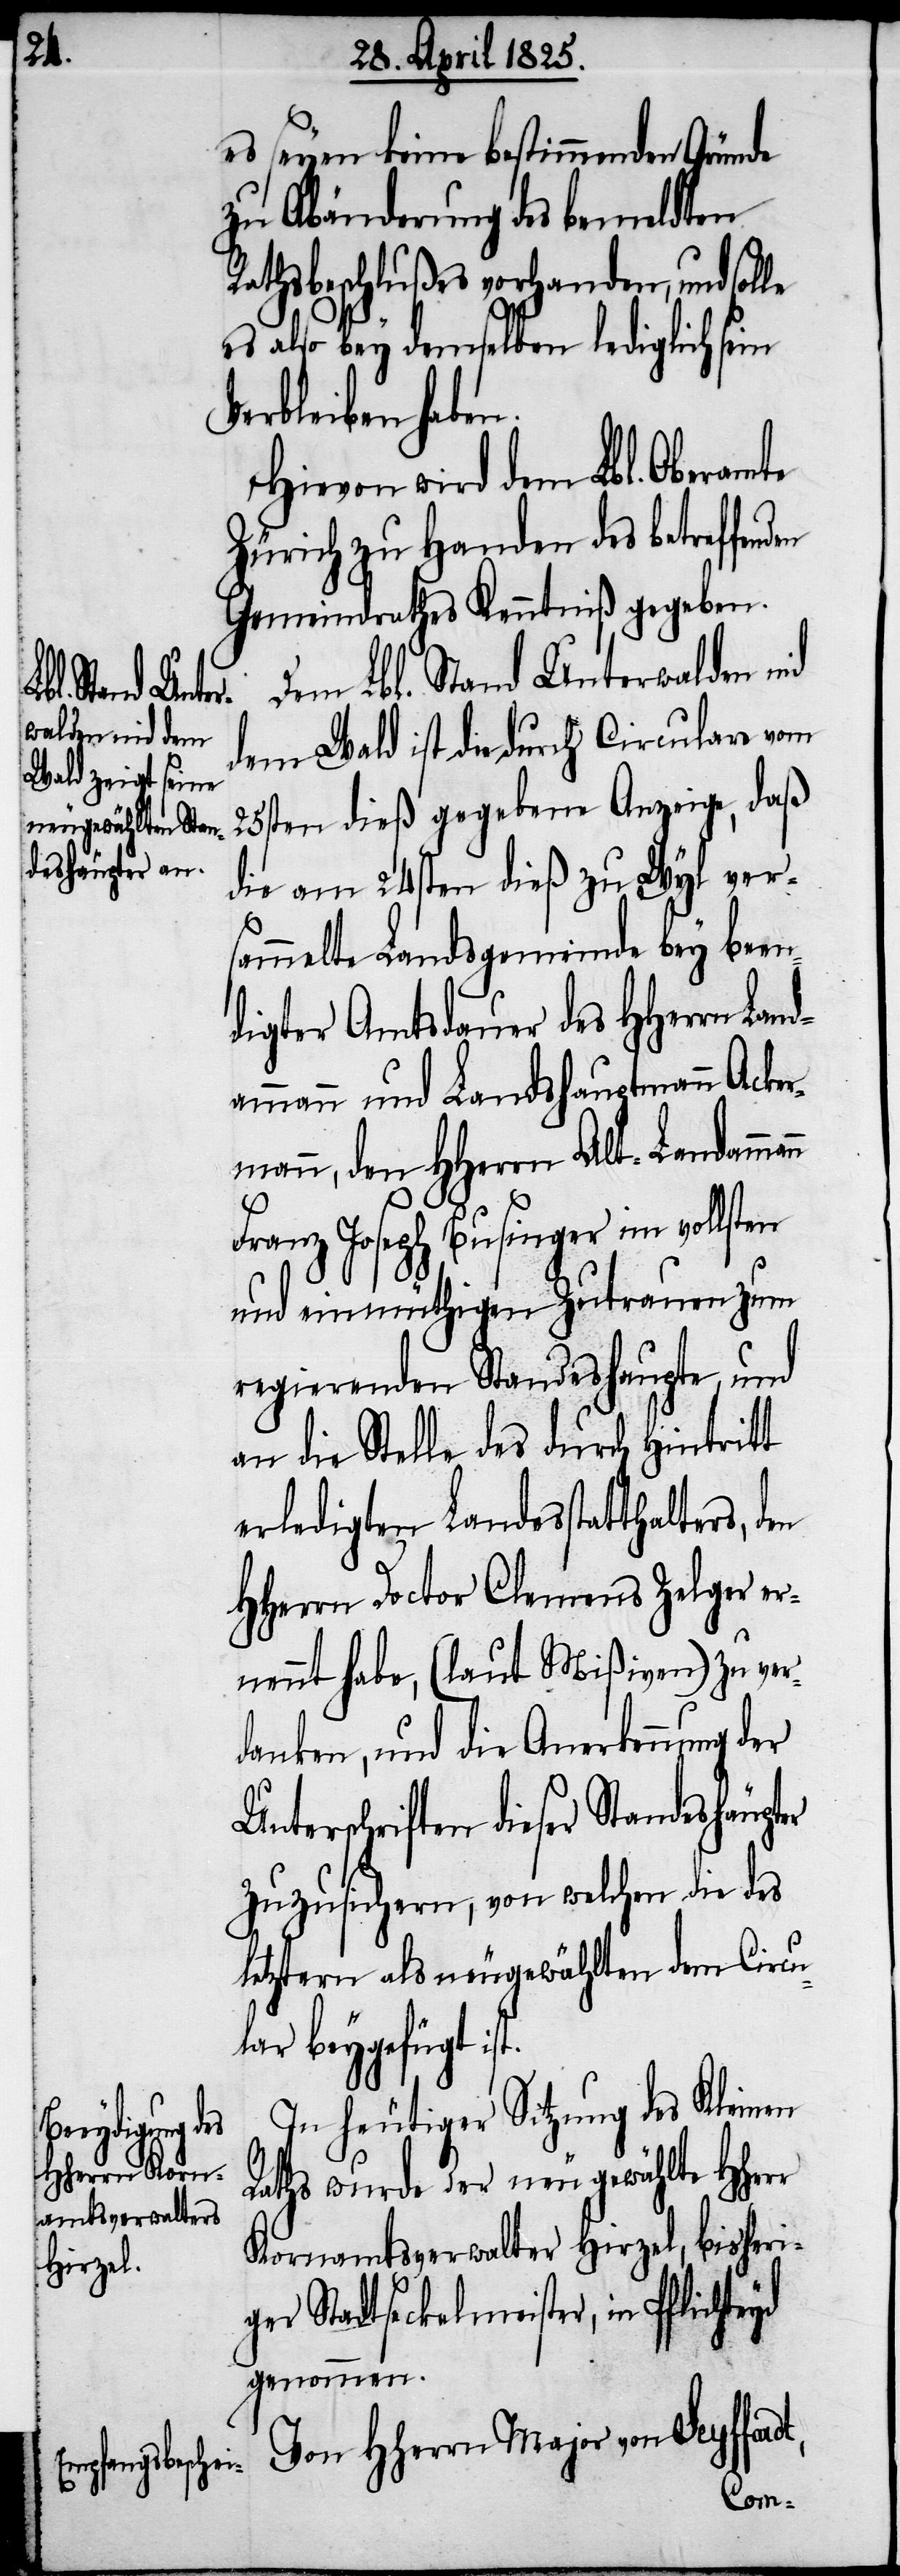
dt,

es seyen keine bestimmenden Gründe
zu Abänderung des bemeldten
Rathsbeschlußes vorhanden, und solle
es also bey demselben lediglich se¬
Verbleiben haben.
Hievon wird dem Lbl. Oberamte
Zürich zu Handen des betreffen¬
Gemeindrathes Kenntniß gegeben.
Dem Lbl. Stand Unterwalden nid
dem Wald ist die durch Circulare vom
25sten dieß gegebene Anzeige, daß
die am 24sten dieß zu Wyl ver¬
sammelte Landsgemeinde bey been¬
digter Amtsdauer des HHerrn Lan¬
dammann und Landshauptmann Acker¬
mann, dem HHerrn Alt-Landamman¬
Franz Joseph Businger im vollsten
und einmüthigen Zutrauen zum
regierenden Standeshaupte, und
an die Stelle des durch Hintritt
erledigten Landesstatthalters,
HHerrn Doctor Clemens Zelger er¬
nennt habe, (laut Mißiven) zu ver¬
danken, und die Anerkennung der
Unterschriften dieser Standeshäupter
zuzusichern, von welchen die des
letztern als neugewählten dem Circul¬
ar beygefügt is¬
In heutiger Sitzung des Kleinen
Raths wurde der neu gewählte
Kornamtsverwalter Hirzel, bisheri¬
ger Stadtfackelmeister, in Pflichte¬
genommen.
Von HHerrn Major von Seyffar¬